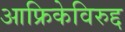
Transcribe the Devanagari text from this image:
आफ्रिकेविरुद्द